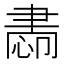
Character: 𦘝